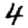
Digit: 4